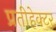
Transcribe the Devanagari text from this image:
प्रतीहेक्टर